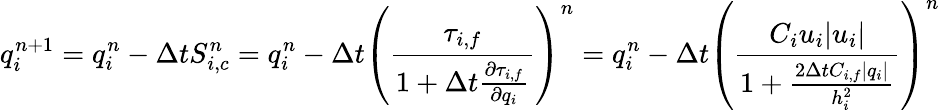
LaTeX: q_{i}^{n+1}=q_{i}^{n}-\Delta tS_{i,c}^{n}=q_{i}^{n}-\Delta t\left(\frac{\tau_{i,f}}{1+\Delta t\frac{\partial\tau_{i,f}}{\partial q_{i}}}\right)^{n}=q_{i}^{n}-\Delta t\left(\frac{C_{i}u_{i}|u_{i}|}{1+\frac{2\Delta tC_{i,f}|q_{i}|}{h_{i}^{2}}}\right)^{n}